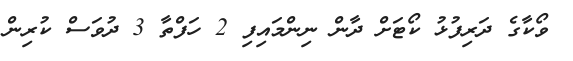
ވޯކާގެ ދަރިފުޅު ކޯޓަށް ދާން ނިންމައިފި 2 ހަފްތާ 3 ދުވަސް ކުރިން